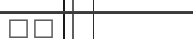
٢٤